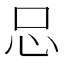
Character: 𢗀